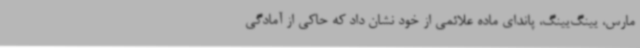
مارس، یینگ‌یینگ، پاندای ماده علائمی از خود نشان داد که حاکی از آمادگی